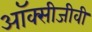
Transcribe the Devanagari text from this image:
ऑक्सीजीवी